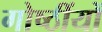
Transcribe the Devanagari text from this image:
गोष्ठींयों